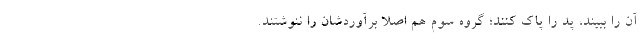
آن را ببیند، پد را پاک کنند؛ گروه سوم هم اصلاً برآوردشان را ننوشتند.